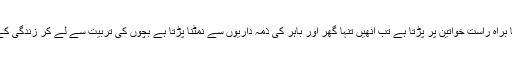
مردوں کو معاش کے لیے اپنے علاقے یا ملک سے باہر جانا پڑتا ہے جس کا براہ راست خواتین پر پڑتا ہے تب انھیں تنہا گھر اور باہر کی ذمہ داریوں سے نمٹنا پڑتا ہے بچوں کی تربیت سے لے کر زندگی کے دیگر مسائل میں وہ اپنے شریک حیات کے بغیر فیصلے لے رہی ہوتی ہے۔